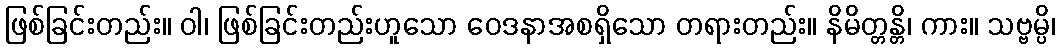
ဖြစ်ခြင်းတည်း။ ဝါ၊ ဖြစ်ခြင်းတည်းဟူသော ဝေဒနာအစရှိသော တရားတည်း။ နိမိတ္တန္တိ၊ ကား။ သဗ္ဗမ္ပိ၊